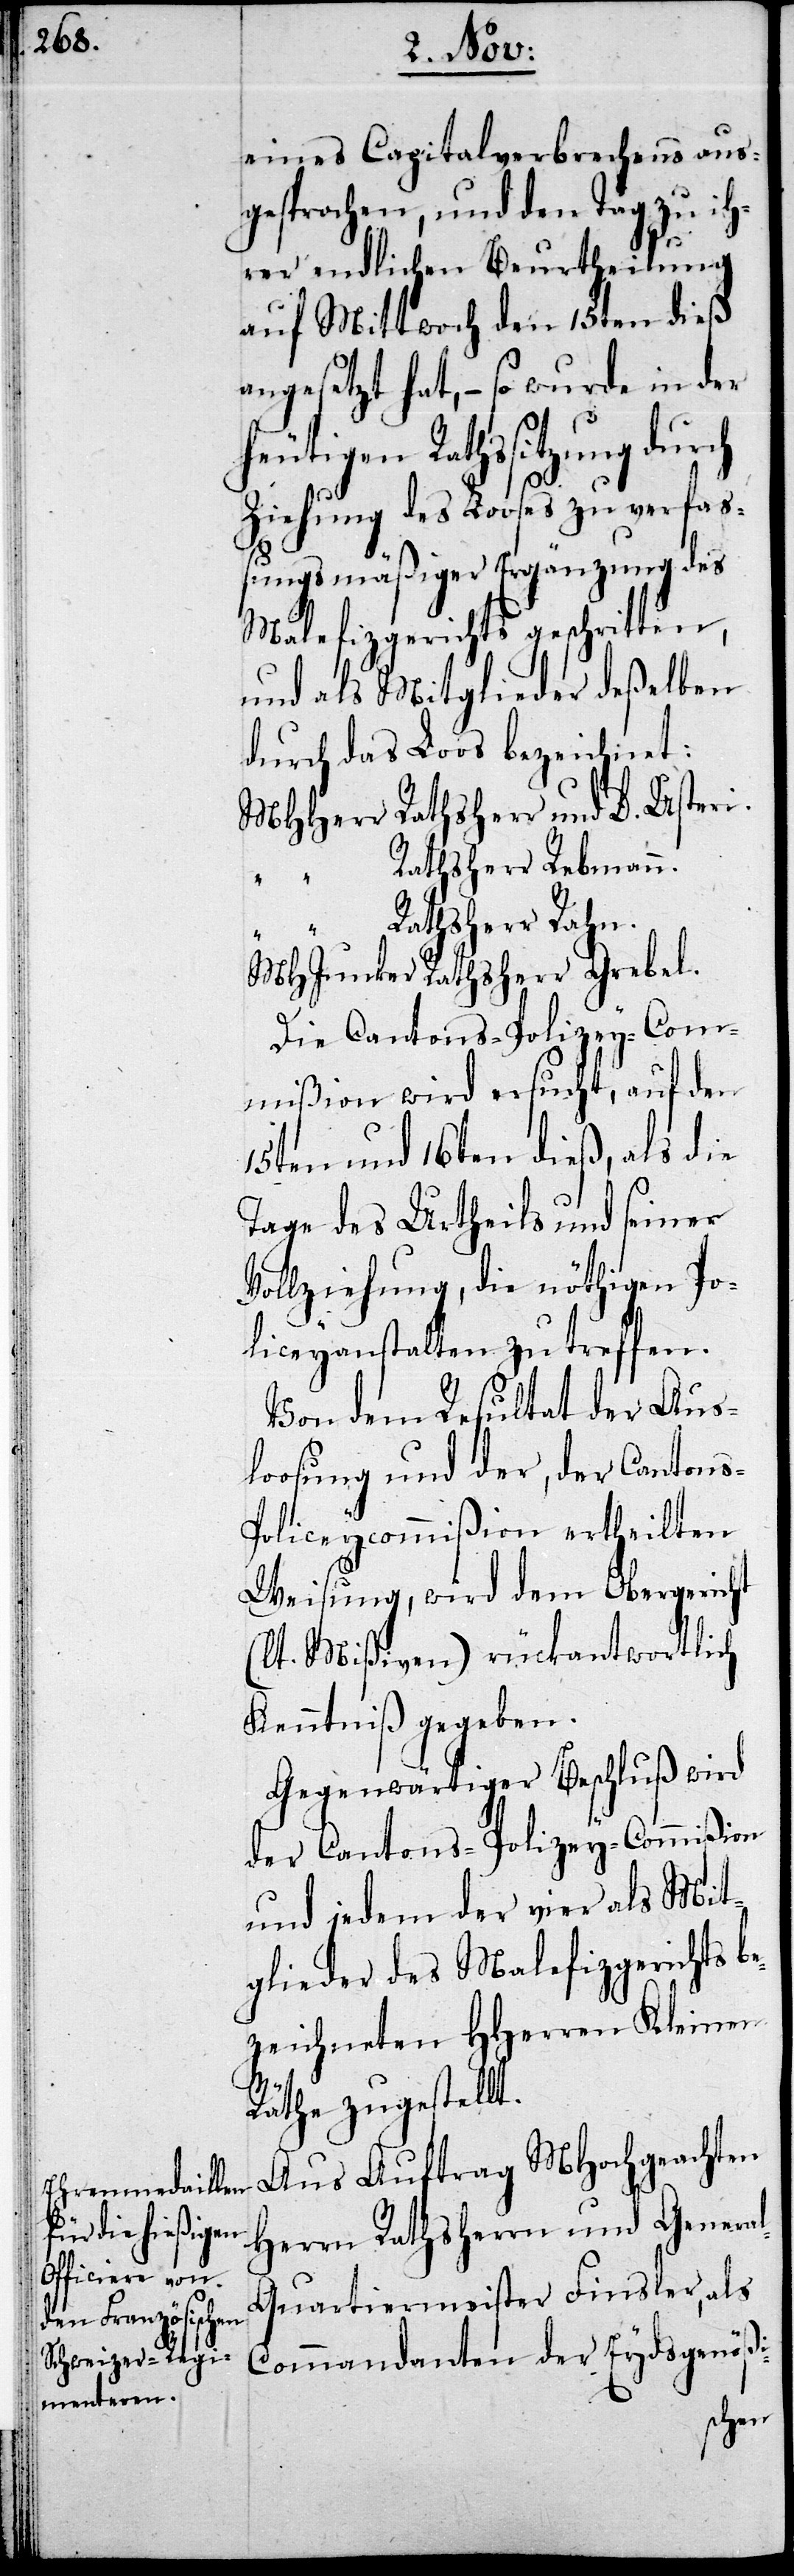
eines Capitalverbrechens aus¬
gesprochen, und den Tag zu ih¬
rd
rer endlichen Beurtheilung
auf Mittwoch den 15ten dieß
angesetzt hat, – so wurde in der
eutigen Rathssitzung dur¬
Ziehung des Looses zu verfaß¬
ungsmäßiger Ergänzung des
Malefizgerichts geschritten,
und als Mitglieder deßelben
durch das Los bezeichnet:
MHHerr Rathsherr und D. Usteri.
„ Rathsherr Rebmann.
Rathsherr Rahn.
MHJunker Rathsherr Grebel.
Die Cantons-Polizey wi¬
15ten und 16ten dieß, als die
Tage des Urtheils und seiner
Vollziehung, die nöthigen Po¬
liceyanstalten zutreffen.
Von dem Resultat der Aus¬
loosung und der, der Cantons-P¬
olizeycommißion ertheilten
Weisung, wird dem Obergericht
(lt. Mißiven) rückantwortlich
Kenntniß gegeben.
Gegenwärtiger Beschluß wir
der Cantons-Polizey-Commißion
und jedem der vier als Mit¬
glieder des Malefizgerichts b¬
ezeichneten HHerren Kleinen
Räthe zugestellt.
Aus Auftrag MHochgeachten
Herren Rathsherrn und Genera¬
l-Quartiermeister Finsler, als
Commandanten der Eydsgenößi-